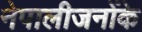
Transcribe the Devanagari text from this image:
नेपालीजनोंके